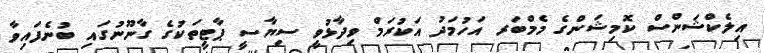
އިލެކްޝަންސް ކޮމިޝަންގެ މެމްބަރ އަހުމަދު އަކުރަމް ވިދާޅުވީ ސިޔާސީ ޕާޓީތަކުގެ ގާނޫނުގައި ބުނެފައިވާ